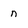
Character: n